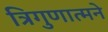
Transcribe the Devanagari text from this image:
त्रिगुणात्मने